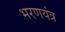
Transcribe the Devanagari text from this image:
भरणयंत्र